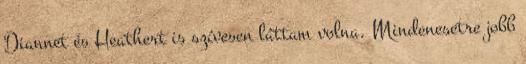
Diannet és Heathert is szívesen láttam volna. Mindenesetre jobb